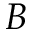
B